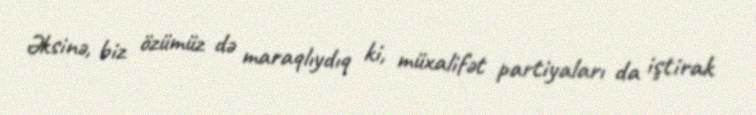
Əksinə, biz özümüz də maraqlıydıq ki, müxalifət partiyaları da iştirak